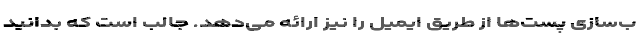
ب‌سازی پست‌ها از طریق ایمیل را نیز ارائه می‌دهد. جالب است که بدانید